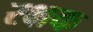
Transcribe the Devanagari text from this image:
रक्षक